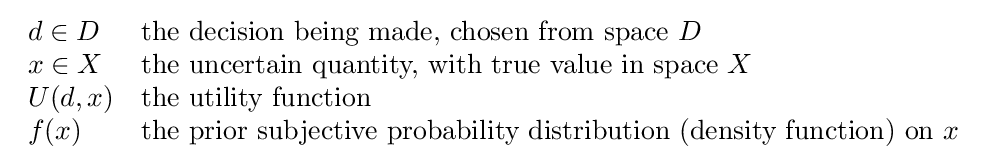
{\begin{array}{ll}d\in D&{\text{the decision being made, chosen from space }}D\\x\in X&{\text{the uncertain quantity, with true value in space }}X\\U(d,x)&{\text{the utility function}}\\f(x)&{\text{the prior subjective probability distribution (density function) on }}x\end{array}}